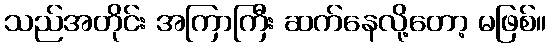
သည်အတိုင်း အကြာကြီး ဆက်နေလို့တော့ မဖြစ်။